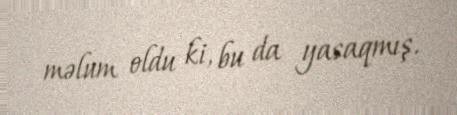
məlum oldu ki, bu da yasaqmış.